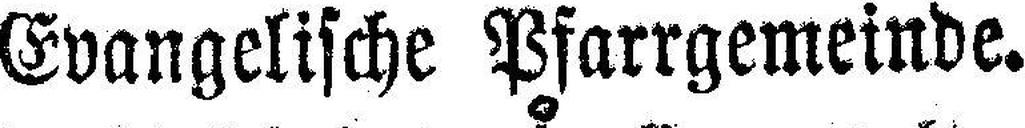
Evangelische Pfarrgemeinde.